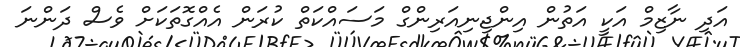
އަދި ނާޒިމް އަކީ އަތުން އިންޖިނިއަރިންގް މަސައްކަތް ކުރަން އެއްގޮތަކަށް ވެސް ދަންނަ